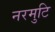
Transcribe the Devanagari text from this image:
नरमुटि